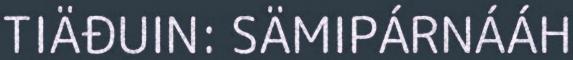
TIÄĐUIN: SÄMIPÁRNÁÁH